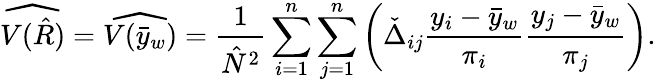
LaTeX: {\widehat{V({\hat{R}})}}={\widehat{V({\bar{y}}_{w})}}={\frac{1}{{\hat{N}}^{2}}}\sum_{i=1}^{n}\sum_{j=1}^{n}\left({\check{\Delta}}_{ij}{\frac{y_{i}-{\bar{y}}_{w}}{\pi_{i}}}{\frac{y_{j}-{\bar{y}}_{w}}{\pi_{j}}}\right).